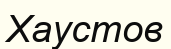
Хаустов